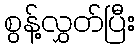
စွန့်လွှတ်ပြီး